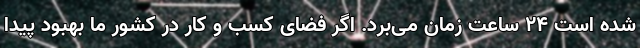
شده است ۲۴ ساعت زمان می‌برد. اگر فضای کسب و کار در کشور ما بهبود پیدا